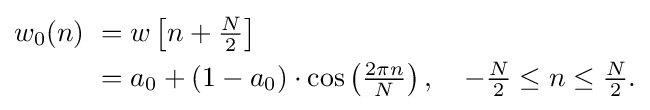
{\begin{aligned}w_{0}(n)\ &=w\left[n+{\tfrac {N}{2}}\right]\\&=a_{0}+(1-a_{0})\cdot \cos \left({\tfrac {2\pi n}{N}}\right),\quad -{\tfrac {N}{2}}\leq n\leq {\tfrac {N}{2}}.\end{aligned}}